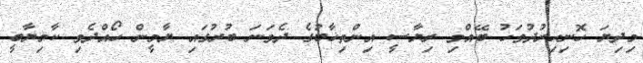
މިދިޔަ ހޮނިހިރުދުވަހު ބޭއްވި ރިޔާސީ އިންތިޚާބުގެ ދެވަނަ ބުރުގައި ޔާމީން ހޯއްދެވި ކާމިޔާބީ